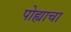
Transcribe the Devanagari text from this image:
पोह्याचा